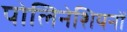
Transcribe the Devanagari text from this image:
पोलिनेशियनों